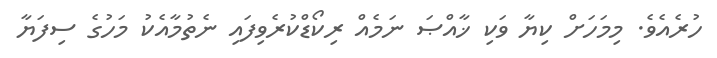
ހުރެއެވެ. މިމަހަށް ކިޔާ ވަކި ޚާއްޞަ ނަމެއް ރިކޯޑްކުރެވިފައި ނެތުމާއެކު މަހުގެ ސިފަޔާ